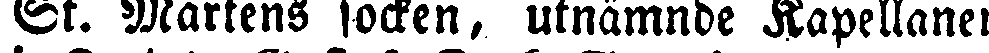
St. Mårtens socken, utnämnde Kapellanen